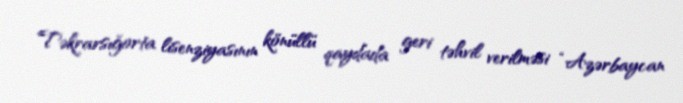
Təkrarsığorta lisenziyasının könüllü qaydada geri təhvil verilməsi “Azərbaycan